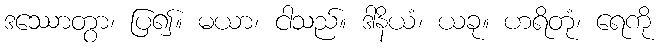
ဒဿောတွာ၊ ပြ၍။ မယာ၊ ငါသည်။ ဒါနိယံ၊ ယခု။ ဟရိတုံ၊ ရေကို